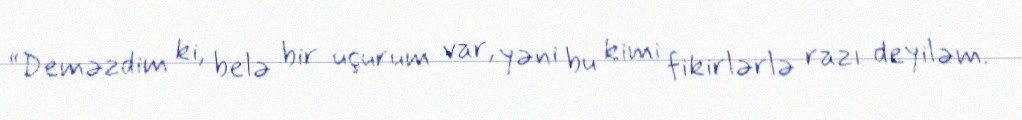
“Deməzdim ki, belə bir uçurum var, yəni bu kimi fikirlərlə razı deyiləm.